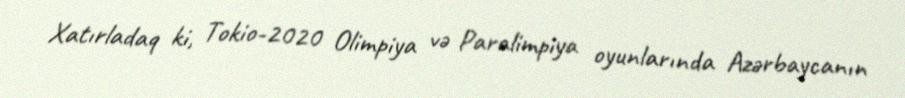
Xatırladaq ki, Tokio-2020 Olimpiya və Paralimpiya oyunlarında Azərbaycanın